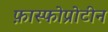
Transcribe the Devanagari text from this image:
फ़ास्फोप्रोटीन